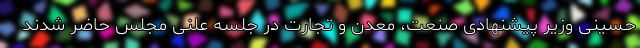
حسینی وزیر پیشنهادی صنعت، معدن و تجارت در جلسه علنی مجلس حاضر شدند